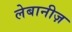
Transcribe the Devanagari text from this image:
लेबानीज़